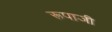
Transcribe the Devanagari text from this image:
रूपाजी